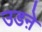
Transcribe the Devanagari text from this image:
उडऩे